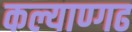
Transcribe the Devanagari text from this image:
कल्याण्गढ